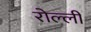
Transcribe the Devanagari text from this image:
रोल्ली